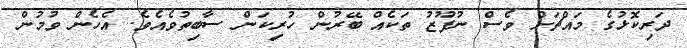
ދަރިކޮޅުގެ މައްޗަށް ވެސް ނުފޫޒު ތަކެއް ބޭރުން ހުރިކަން ސާބިތުވެއެވެ. އެހެން ވުމުން